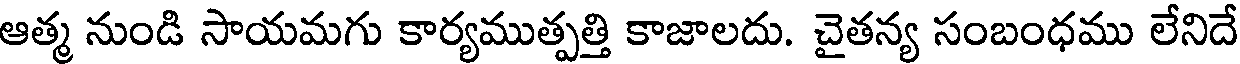
ఆత్మ నుండి సాయమగు కార్యముత్పత్తి కాజాలదు. చైతన్య సంబంధము లేనిదే